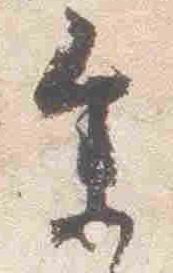
参